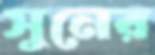
সুনের